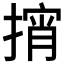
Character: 𱠨